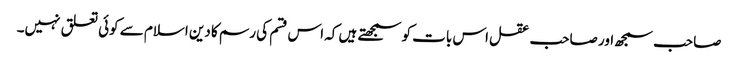
صاحب سمجھ اور صاحب عقل اس بات کو سمجھتے ہیں کہ اس قسم کی رسم کا دین اسلام سے کوئی تعلق نہیں۔